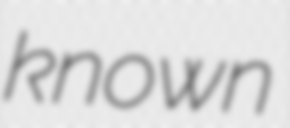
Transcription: known